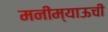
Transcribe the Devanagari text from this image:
मनीम्याऊची